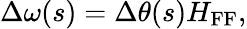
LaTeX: \Delta\omega(s)=\Delta\theta(s)H_{\mathrm{FF}},